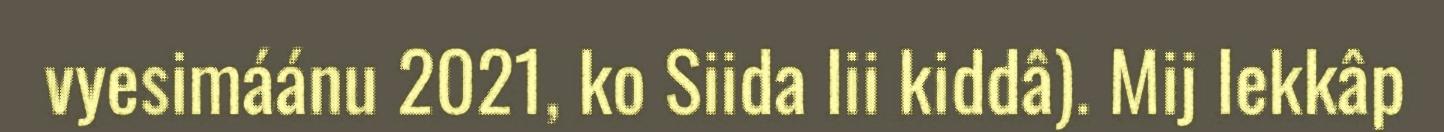
vyesimáánu 2021, ko Siida lii kiddâ). Mij lekkâp